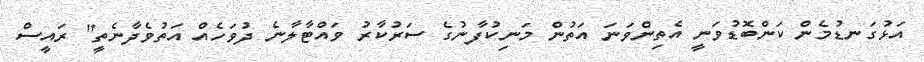
އަޅުގަނޑުމެން ކަންބޮޑުވަނީ އެތިންވަނަ އަތުން މަނިކުފާނުގެ ސަރުކާރު ވައްޓާލާނެ ދުވަހެއް އަތުވެދާނެތީ" ރައީސް